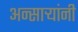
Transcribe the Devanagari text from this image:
अन्साऱ्यांनी